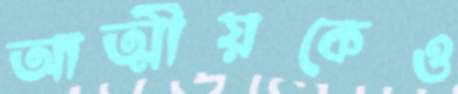
আত্মীয়কেও